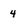
Character: 4